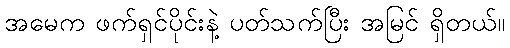
အမေက ဖက်ရှင်ပိုင်းနဲ့ ပတ်သက်ပြီး အမြင် ရှိတယ်။